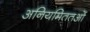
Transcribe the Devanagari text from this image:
अनियमिततओं